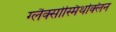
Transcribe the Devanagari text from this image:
ग्लैक्सोस्मिथक्लिन